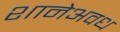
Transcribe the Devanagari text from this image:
शानेअवध